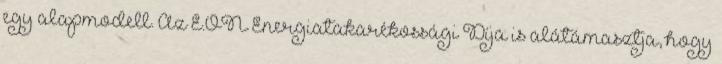
egy alapmodell. Az E.ON Energiatakarékossági Díja is alátámasztja, hogy